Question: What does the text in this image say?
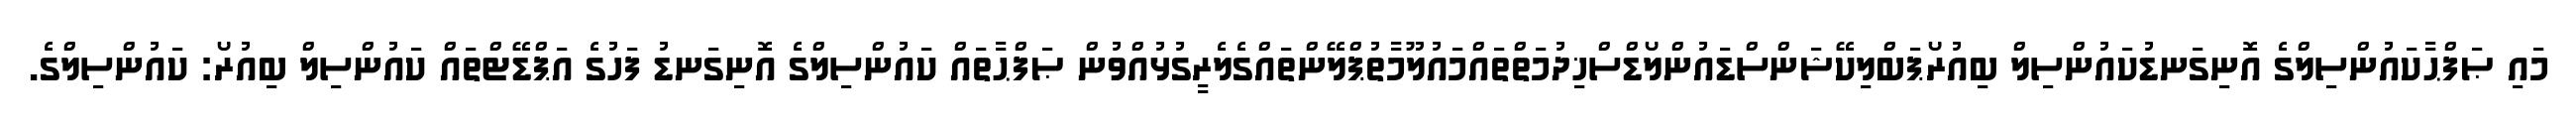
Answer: މައި ޞަފްޙާކައުންސިލްގެ އޮނިގަނޑުކައުންސިލް ބިއުރޯޕަބްލިކޭޝަންސްޑައުންލޯޑްސްޚިދުމަތްތައްމައުލޫމާތުޕްލޭންތައްގެލެރީގުޅުއްވުން ޞަފްޙާތައް ކައުންސިލްގެ އޮނިގަނޑު ފަހުގެ އަޕްޑޭޓްތައް ކައުންސިލް ބިއުރޯ: ކައުންސިލްގެ.